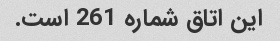
این اتاق شماره 261 است.